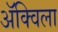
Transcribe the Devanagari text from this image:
ॲक्विला